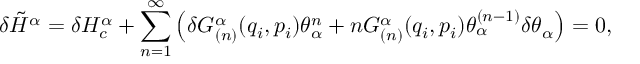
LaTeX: \delta \tilde { H } ^ { \alpha } = \delta H _ { c } ^ { \alpha } + \sum _ { n = 1 } ^ { \infty } \left( \delta G _ { ( n ) } ^ { \alpha } ( q _ { i } , p _ { i } ) \theta _ { \alpha } ^ { n } + n G _ { ( n ) } ^ { \alpha } ( q _ { i } , p _ { i } ) \theta _ { \alpha } ^ { ( n - 1 ) } \delta \theta _ { \alpha } \right) = 0 ,